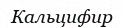
Кальцифир